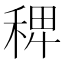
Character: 𥟑